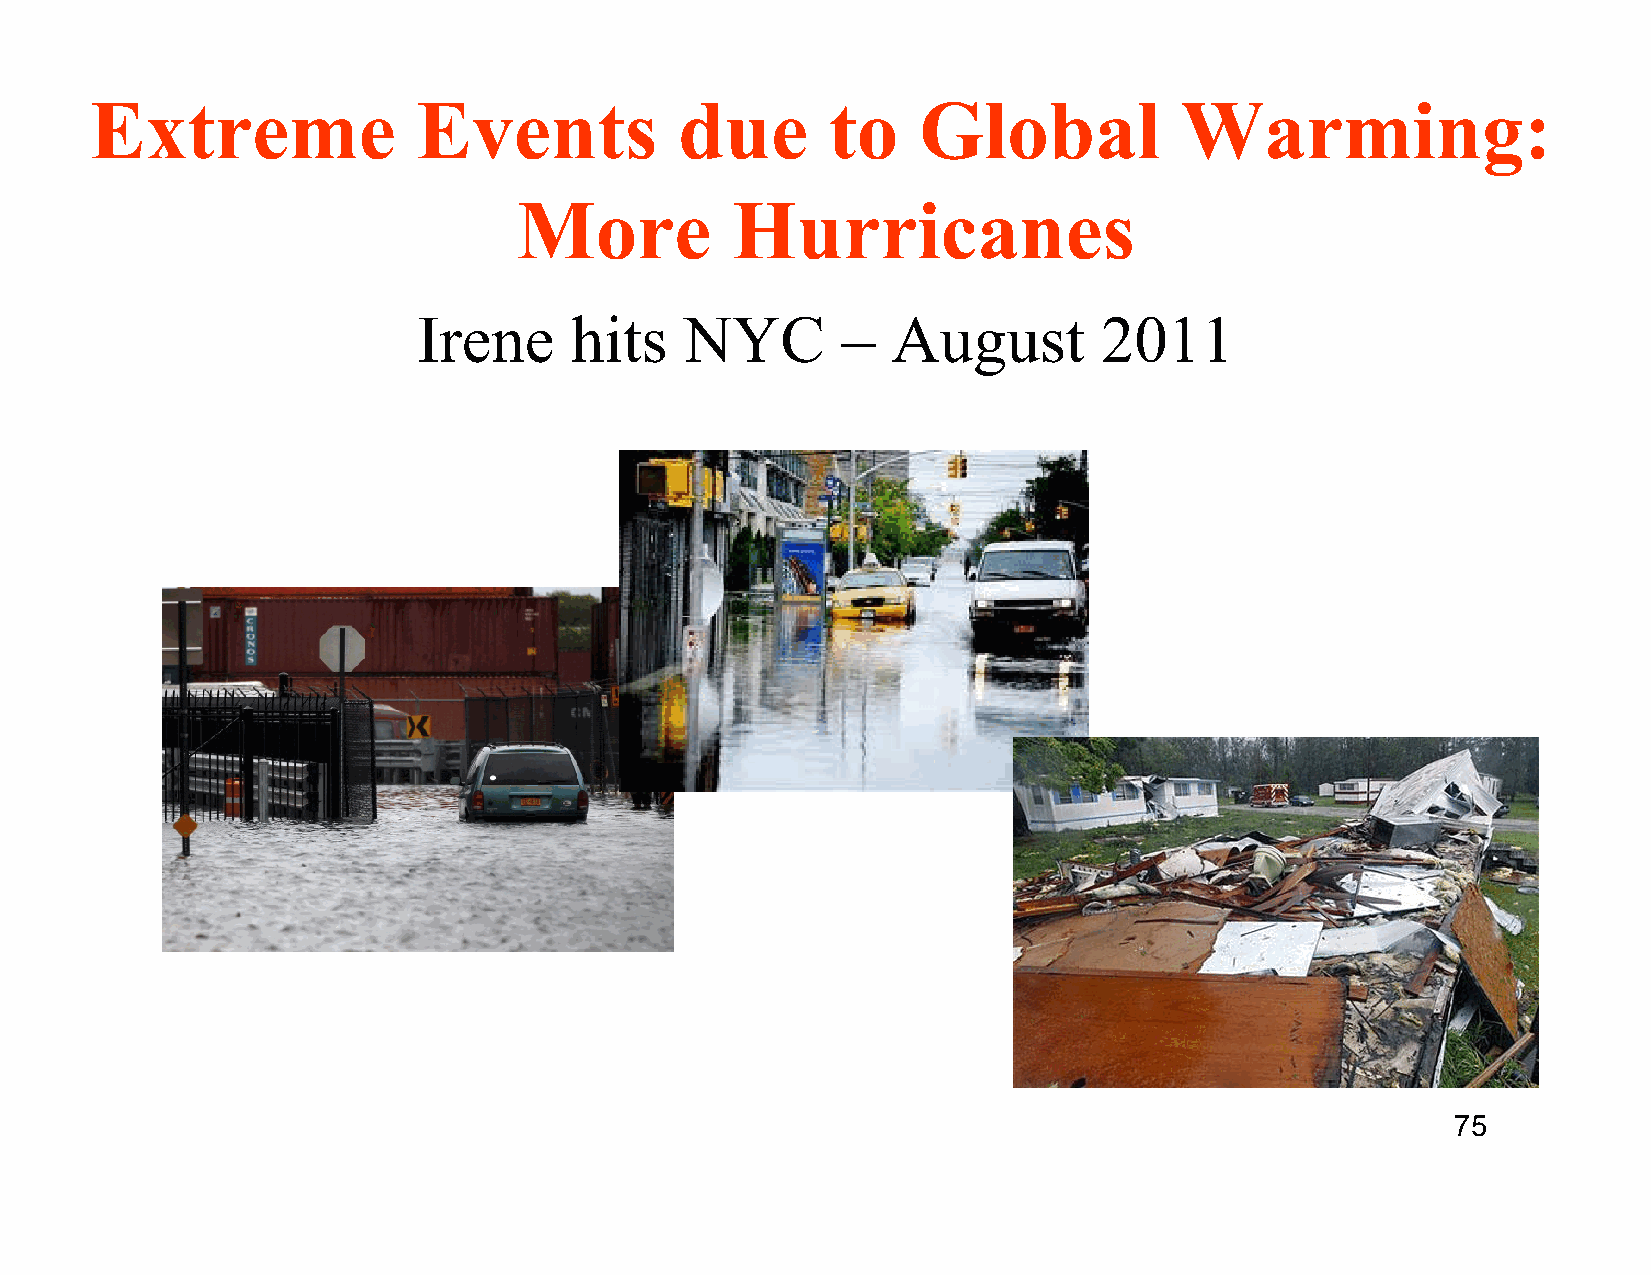
Extreme               Events           due       to    Global           Warming:
 More          Hurricanes
 Irene     hits   NYC        –  August        2011
 75